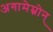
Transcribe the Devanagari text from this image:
अगामेम्नोन्